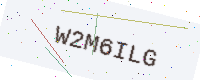
Text: W2M6ILG